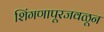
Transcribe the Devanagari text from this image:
शिंगणापूरजवळून